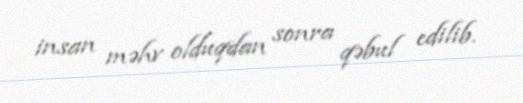
insan məhv olduqdan sonra qəbul edilib.